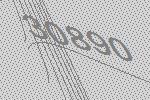
30890